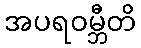
အပရဝမ္ဘီတိ